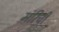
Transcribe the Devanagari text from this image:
मरिची